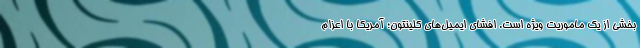
بخشی از یک ماموریت ویژه است. افشای ایمیل‌های کلینتون؛ آمریکا با اعزام